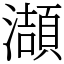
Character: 𤂌